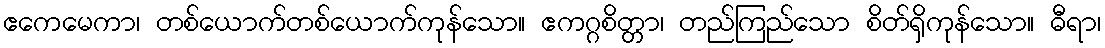
ဧကေမေကာ၊ တစ်ယောက်တစ်ယောက်ကုန်သော။ ဧကဂ္ဂစိတ္တာ၊ တည်ကြည်သော စိတ်ရှိကုန်သော။ ဓီရာ၊